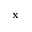
\mathbf { x }